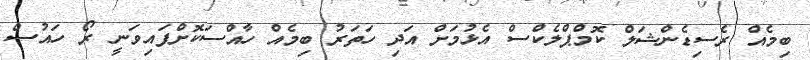
ބިމެއް ރެސިޑެންޝަލް ކޮމްޕްލެކްސް އެޅުމަށް އަދި ހަތަރު ބިމެއް ހާއްސަކޮށްފައިވަނީ ރޯ ހައުސް